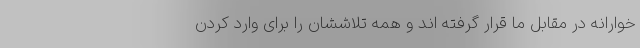
خوارانه در مقابل ما قرار گرفته اند و همه تلاششان را برای وارد کردن